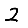
Digit: 2